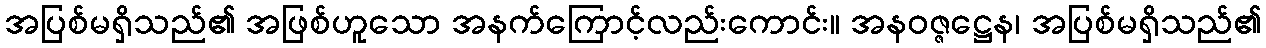
အပြစ်မရှိသည်၏ အဖြစ်ဟူသော အနက်ကြောင့်လည်းကောင်း။ အနဝဇ္ဇဋ္ဌေန၊ အပြစ်မရှိသည်၏